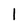
Character: I